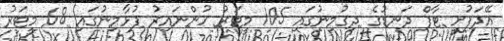
އޭދަފުށީ ޓާފް ދަނޑުގެ ދިގުމިނުގައި 105 މީޓަރު ހުންނައިރު ފުޅާމިނުގައި 68 މީޓަރު